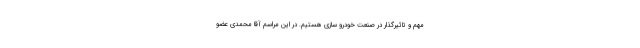
مهم و تاثیرگذار در صنعت خودرو سازی هستیم. در این مراسم آقا محمدی عضو